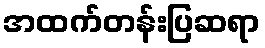
အထက်တန်းပြဆရာ